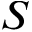
S